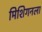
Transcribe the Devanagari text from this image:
मिशिगनला